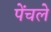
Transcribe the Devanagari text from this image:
पेंचले